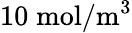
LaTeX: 10\; \mathrm{mol}/\mathrm{m}^{3}